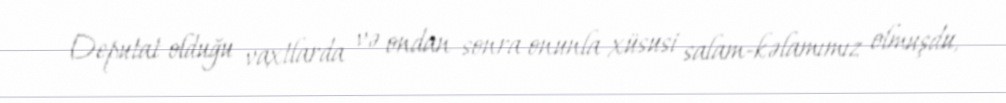
Deputat olduğu vaxtlarda və ondan sonra onunla xüsusi salam-kəlamımız olmuşdu,